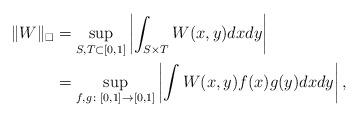
LaTeX: \begin{align*}\Vert W \Vert_\square &= \sup_{S, T\subset [0,1]}\left\vert \int_{S\times T}W(x,y)dxdy \right \vert\\&=\sup_{f,g\colon [0,1]\to [0,1]}\left\vert \int W(x,y)f(x)g(y)dxdy\right \vert, \end{align*}